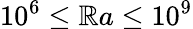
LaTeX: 10^{6}\le\mathbb{R}a\le10^{9}